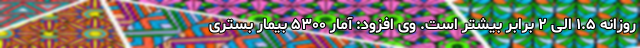
روزانه ۱.۵ الی ۲ برابر بیشتر است. وی افزود: آمار ۵۳۰۰ بیمار بستری